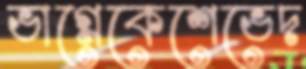
ভাগ্নেকেশেভেদ